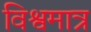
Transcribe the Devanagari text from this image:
विश्वमात्र